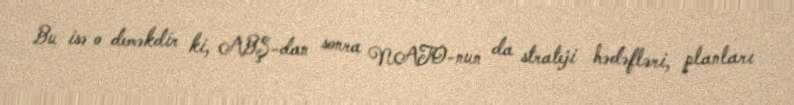
Bu isə o deməkdir ki, ABŞ-dan sonra NATO-nun da strateji hədəfləri, planları